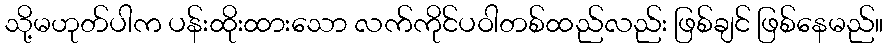
သို့မဟုတ်ပါက ပန်းထိုးထားသော လက်ကိုင်ပဝါတစ်ထည်လည်း ဖြစ်ချင် ဖြစ်နေမည်။